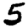
Digit: 5